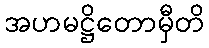
အဟမဋ္ဌိတောမှီတိ